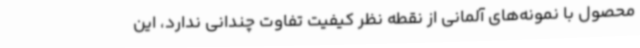
محصول با نمونه‌های آلمانی از نقطه نظر کیفیت تفاوت چندانی ندارد، این